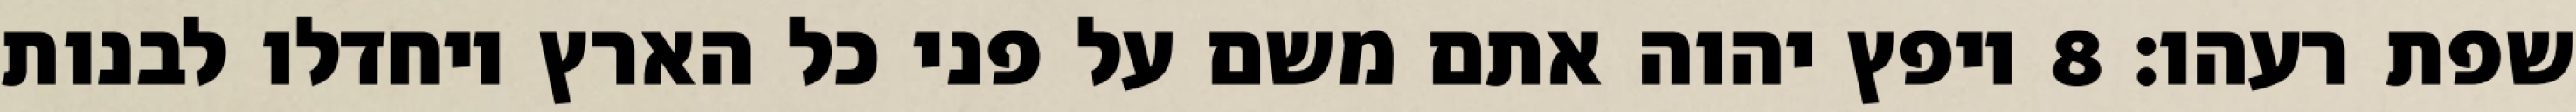
שפת רעהו׃ ‎8‏ ויפץ יהוה אתם משם על פני כל הארץ ויחדלו לבנות